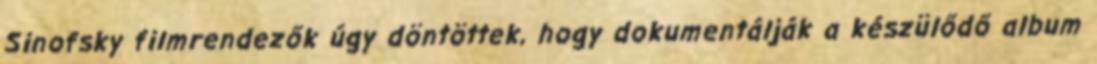
Sinofsky filmrendezők úgy döntöttek, hogy dokumentálják a készülődő album